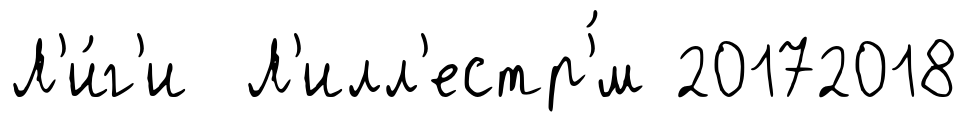
Л'и́г'и Л'илл'естр'́м 20172018